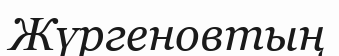
Жүргеновтың